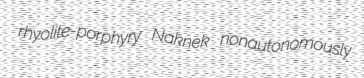
rhyolite-porphyry Naknek nonautonomously